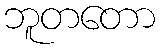
ဘူတတော